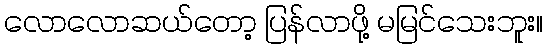
လောလောဆယ်တော့ ပြန်လာဖို့ မမြင်သေးဘူး။